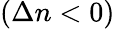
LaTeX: (\Delta n<0)